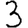
Digit: 3